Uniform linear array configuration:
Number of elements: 4
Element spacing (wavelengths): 0.5
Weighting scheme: binomial
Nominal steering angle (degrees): -30
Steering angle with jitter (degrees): -29.73
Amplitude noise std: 0.05
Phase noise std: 0.05

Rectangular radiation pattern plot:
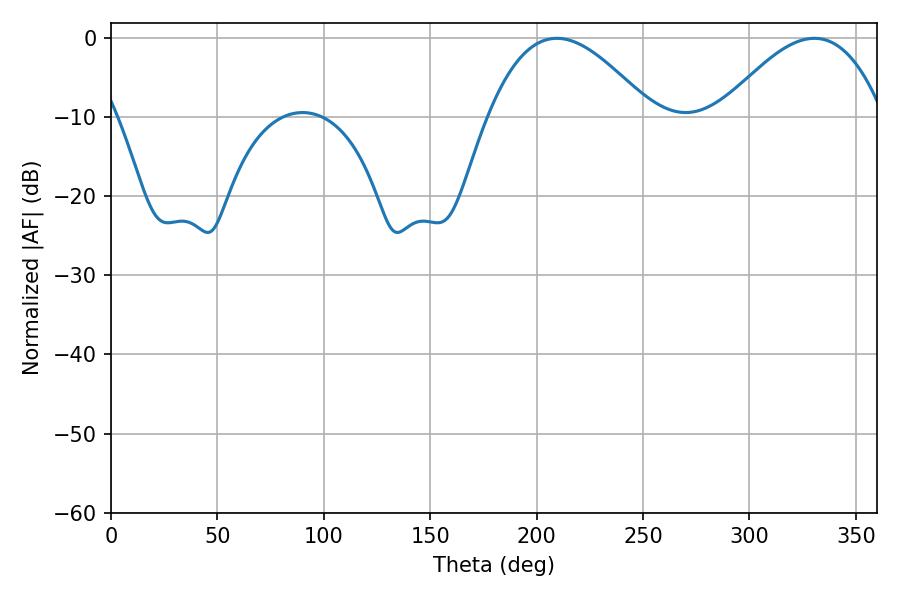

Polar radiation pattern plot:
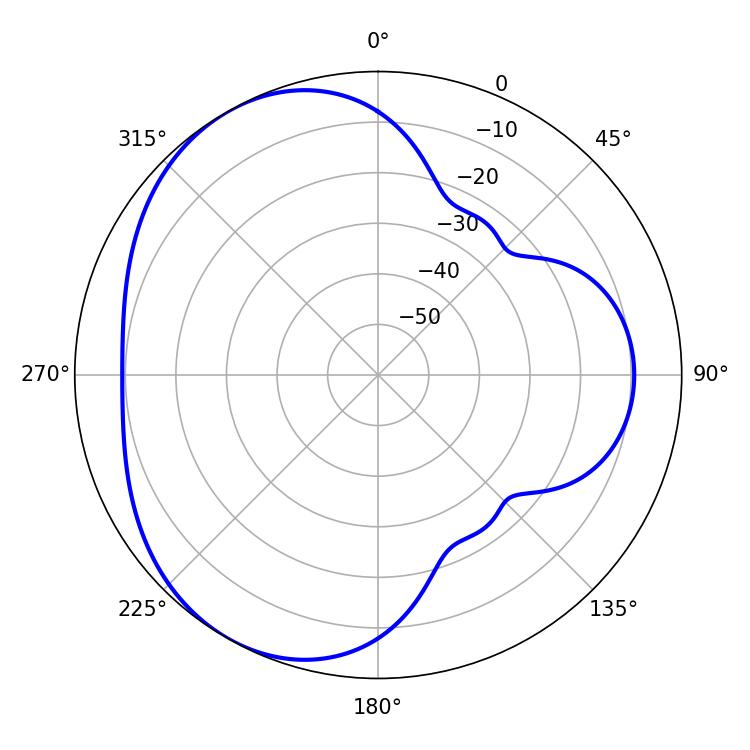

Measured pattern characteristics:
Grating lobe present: FALSE
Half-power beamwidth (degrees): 41.94
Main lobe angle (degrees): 209.52